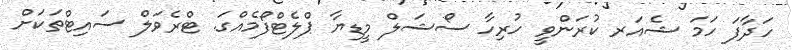
ހަދާފަ ހަމަ ޝެއަރ ކުރަންވީ ހުރިހާ ސޯޝަލް މީޑިޔާ ޕްލެޓްފޯމެއްގަ. ޓްރެވަލް ސައިޓްތަކަށް